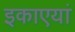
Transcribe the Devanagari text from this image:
इकाएयां